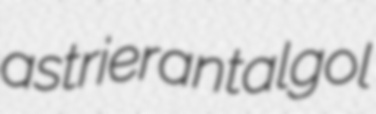
astrier antalgol